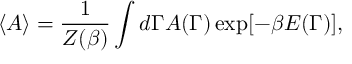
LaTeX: \langle A \rangle = { \frac { 1 } { Z ( \beta ) } } \int d \Gamma A ( \Gamma ) \exp [ - \beta E ( \Gamma ) ] ,